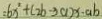
= 6 x ^ { 2 } + ( 2 b - 3 a ) x - a b